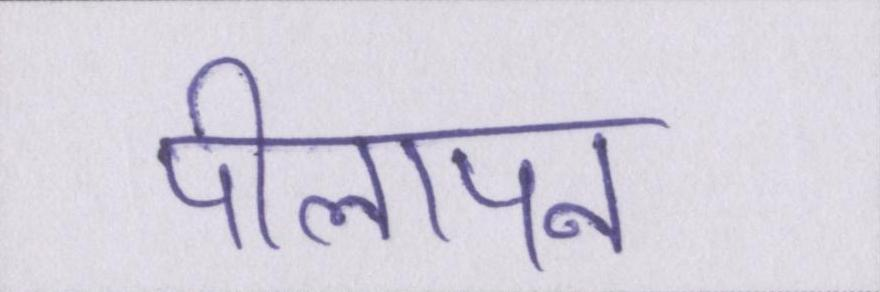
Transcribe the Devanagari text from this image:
पीलापन